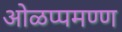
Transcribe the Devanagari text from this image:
ओळप्पमण्ण